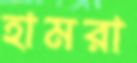
হামরা